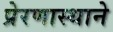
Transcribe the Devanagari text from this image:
प्रेरणास्थाने